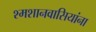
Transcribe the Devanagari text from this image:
श्मशानवासियांना